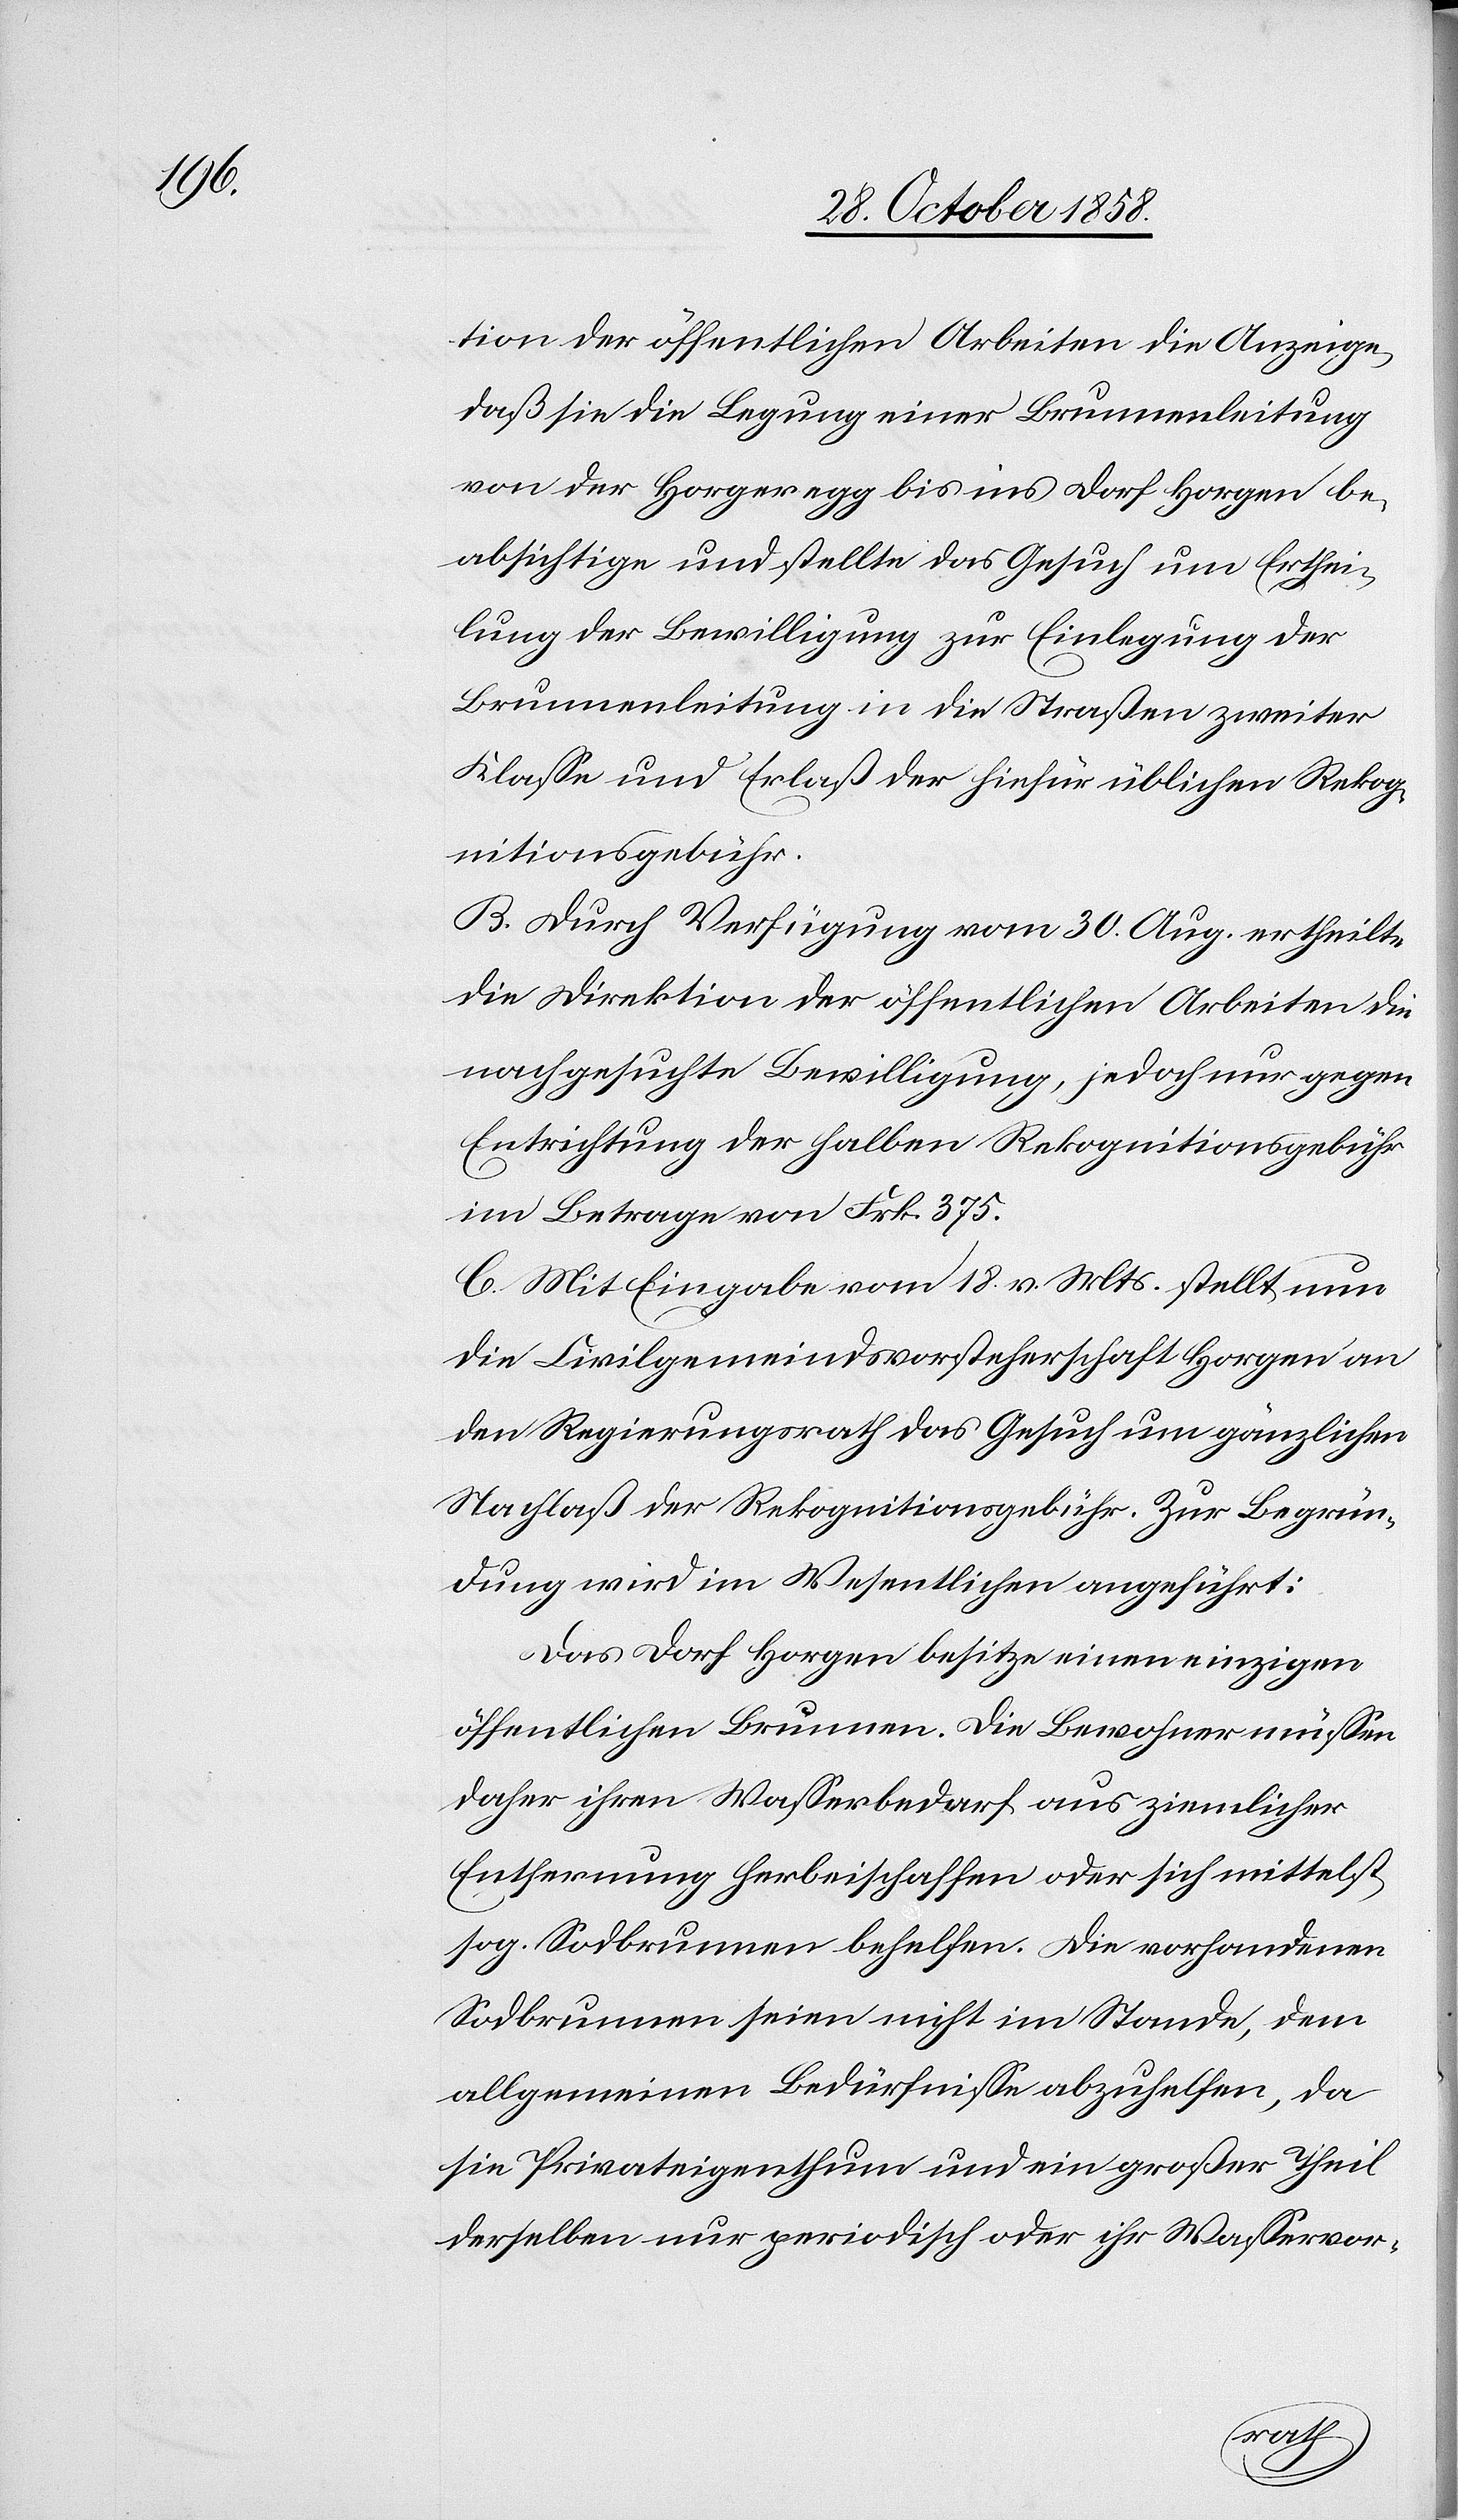
tion der öffentlichen Arbeiten die Anzeige,
daß sie die Legung einer Brunnenleitung
von der Horgeregg bis ins Dorf Horgen be¬
absichtige und stellte das Gesuch um Erthei¬
lung der Bewilligung zur Einlegung der
Brunnenleitung in die Straßen zweiter
Klasse und Erlaß der hiefür üblichen Rekog¬
nitionsgebühr.
B. Durch Verfügung vom 30. Aug. ertheilte
die Direktion der öffentlichen Arbeiten die
nachgesuchte Bewilligung, jedoch nur gegen
Entrichtung der halben Rekognitionsgebühr
im Betrage von Frk. 375.
C. Mit Eingabe vom 18. v. Mts. stellt nun
die Civilgemeindsvorsteherschaft Horgen an
den Regierungsrath das Gesuch um gänzlichen
Nachlaß der Rekognitionsgebühr. Zur Begrün¬
dung wird im Wesentlichen angeführt:
Das Dorf Horgen besitze einen einzigen
öffentlichen Brunnen. Die Bewohner müssen
daher ihren Wasserbedarf aus ziemlicher
Entfernung herbeischaffen oder sich mittelst
sog. Sodbrunnen behelfen. Die vorhandenen
Sodbrunnen seien nicht im Stande, dem
allgemeinen Bedürfnisse abzuhelfen, da
sie Privateigenthum und ein großer Theil
derselben nur periodisch oder ihr Wasservor-